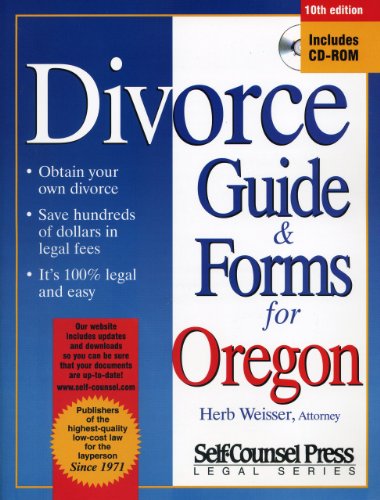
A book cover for Divorce Guide for Oregon (Divorce Guide to Oregon); Herb Weisser; Law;